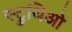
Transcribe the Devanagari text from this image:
स्ट्रुथिओ